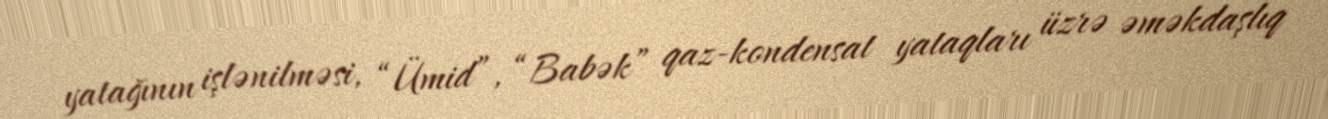
yatağının işlənilməsi, “Ümid”, “Babək” qaz-kondensat yataqları üzrə əməkdaşlıq